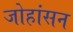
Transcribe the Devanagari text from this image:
जोहांसन